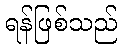
ရန်ဖြစ်သည်